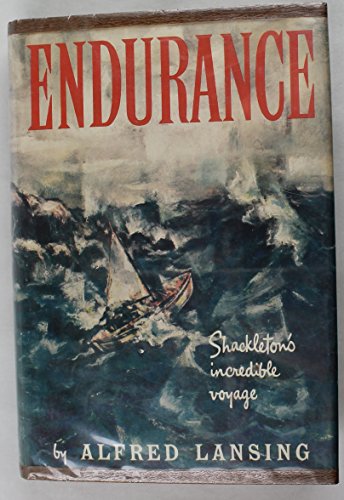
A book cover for Endurance Shackleton's Incredible Voyage First American Edition; Alfred Lansing; History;